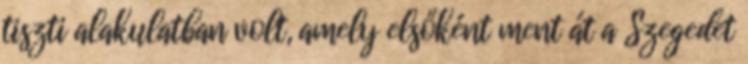
tiszti alakulatban volt, amely elsőként ment át a Szegedet